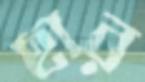
ছার